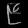
Digit: ၉